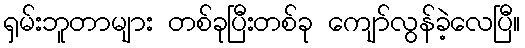
ရှမ်းဘူတာများ တစ်ခုပြီးတစ်ခု ကျော်လွန်ခဲ့လေပြီ။